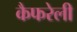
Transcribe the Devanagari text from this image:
कैफरेली